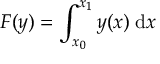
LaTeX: F ( y ) = \int _ { x _ { 0 } } ^ { x _ { 1 } } y ( x ) \; \mathrm { d } x